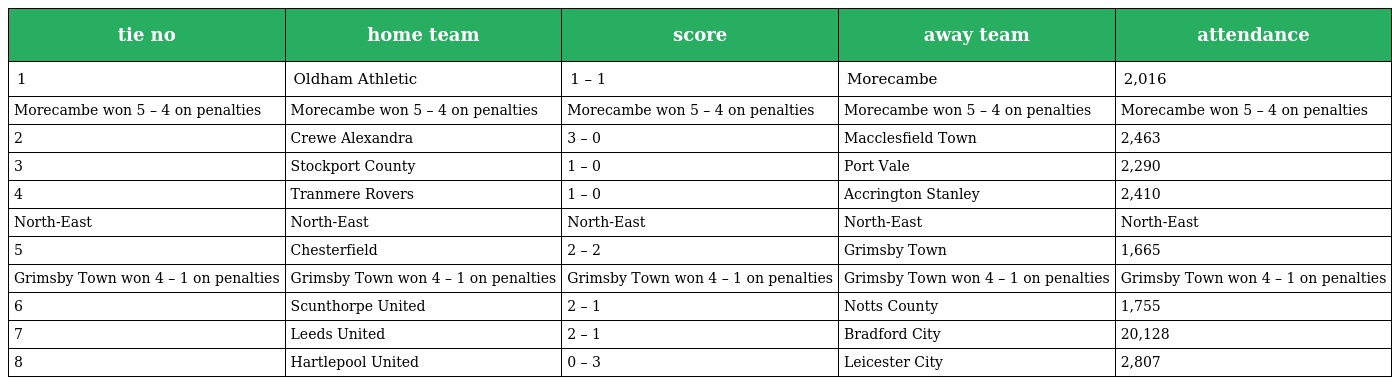
| tie no | home team | score | away team | attendance |
 | --- | --- | --- | --- | --- |
 | 1 | Oldham Athletic | 1 – 1 | Morecambe | 2,016 |
 | Morecambe won 5 – 4 on penalties | Morecambe won 5 – 4 on penalties | Morecambe won 5 – 4 on penalties | Morecambe won 5 – 4 on penalties | Morecambe won 5 – 4 on penalties |
 | 2 | Crewe Alexandra | 3 – 0 | Macclesfield Town | 2,463 |
 | 3 | Stockport County | 1 – 0 | Port Vale | 2,290 |
 | 4 | Tranmere Rovers | 1 – 0 | Accrington Stanley | 2,410 |
 | North-East | North-East | North-East | North-East | North-East |
 | 5 | Chesterfield | 2 – 2 | Grimsby Town | 1,665 |
 | Grimsby Town won 4 – 1 on penalties | Grimsby Town won 4 – 1 on penalties | Grimsby Town won 4 – 1 on penalties | Grimsby Town won 4 – 1 on penalties | Grimsby Town won 4 – 1 on penalties |
 | 6 | Scunthorpe United | 2 – 1 | Notts County | 1,755 |
 | 7 | Leeds United | 2 – 1 | Bradford City | 20,128 |
 | 8 | Hartlepool United | 0 – 3 | Leicester City | 2,807 |